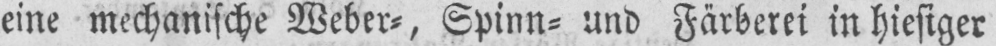
eine mechanische Weber⸗, Spinn⸗ und Färberei in hiesiger